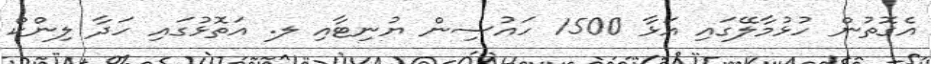
އެގޮތުން ހުޅުމާލޭގައި އަޅާ 1500 ހައުސިން ޔުނިޓާއި ލ. އަތޮޅުގައި ހަދާ ލިންކް